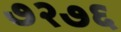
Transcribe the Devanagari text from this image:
७२७६